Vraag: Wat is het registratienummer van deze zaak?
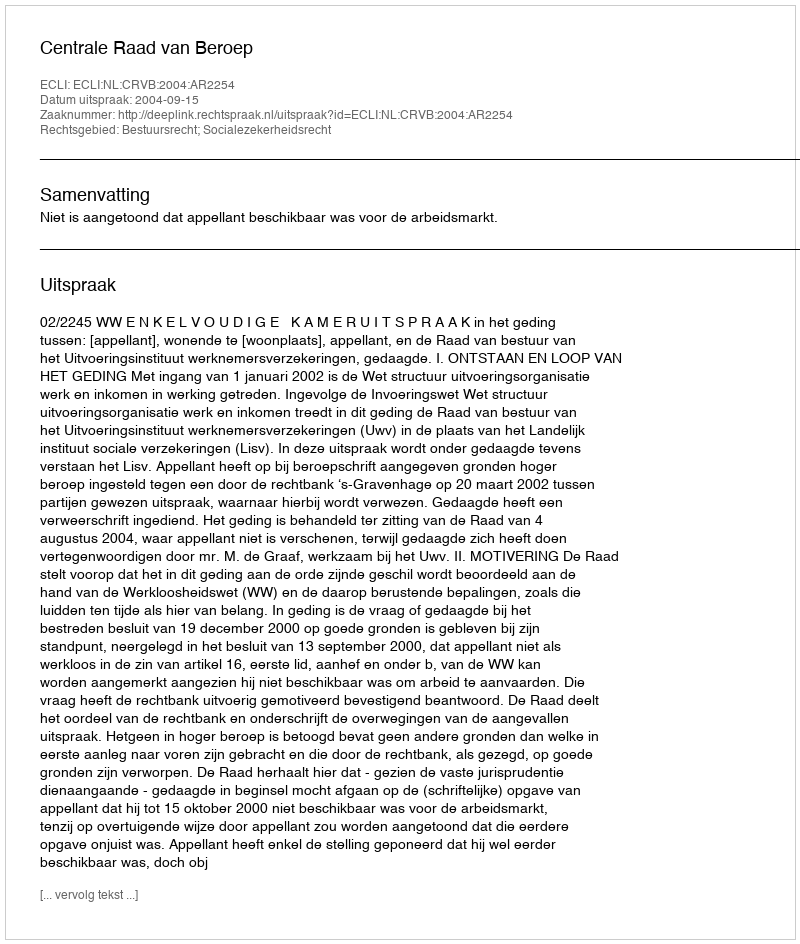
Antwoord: http://deeplink.rechtspraak.nl/uitspraak?id=ECLI:NL:CRVB:2004:AR2254